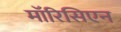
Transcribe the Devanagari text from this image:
मॉरिसिएन